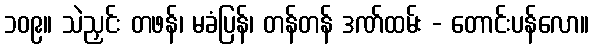
၁၀၉။ သဲညှင်း တဖန်၊ မခံပြန်၊ တန်တန် ဒဏ်ထမ်း - တောင်းပန်လော။